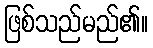
ဖြစ်သည်မည်၏။